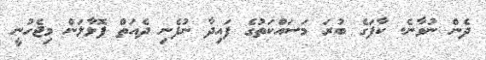
ދެން ނުވާނެ. ކާފަގެ ބުރަ މަސައްކަތުގެ ފައިދާ ނުފެނި ދެއަތް ފޮޅާލަން މިޖެހުނީ